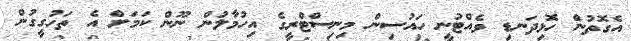
އެގޮތުން ހޮޅިދަނޑި ވެއްޓުނީ ހައުސިން މިނިސްޓްރީގެ އިހުމާލުން ނޫން ކަމަށް އެ ތަހުގީގުން